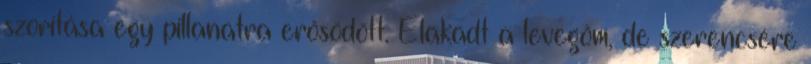
szorítása egy pillanatra erősödött. Elakadt a levegőm, de szerencsére